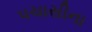
પચાસીના